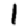
Digit: 1